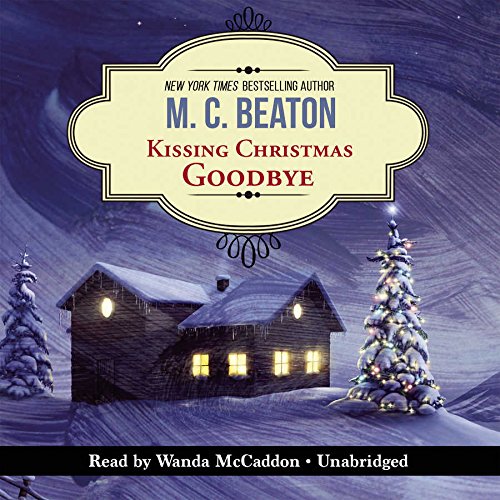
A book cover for Kissing Christmas Goodbye: An Agatha Raisin Mystery  (Agatha Raisin Mysteries, Book 18); M. C. Beaton; Mystery, Thriller & Suspense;